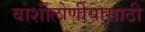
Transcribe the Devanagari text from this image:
बार्शीलोणीयासाठी